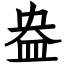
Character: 盎